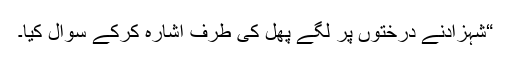
“شہزادنے درختوں پر لگے پھل کی طرف اشارہ کرکے سوال کیا۔